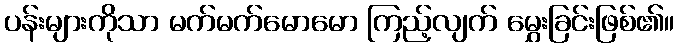
ပန်းများကိုသာ မက်မက်မောမော ကြည့်လျက် မွှေးခြင်းဖြစ်၏။